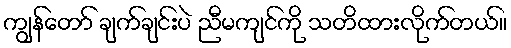
ကျွန်တော် ချက်ချင်းပဲ ညီမကျင်ကို သတိထားလိုက်တယ်။